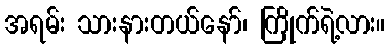
အရမ်း သားနားတယ်နော်၊ ကြိုက်ရဲ့လား။